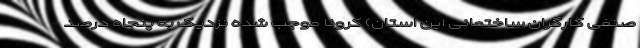
صنفی کارگران ساختمانی این استان) کرونا موجب شده نزدیک به پنجاه درصد